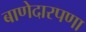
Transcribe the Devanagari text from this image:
बाणेदारपणा